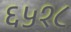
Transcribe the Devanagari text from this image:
६५१८